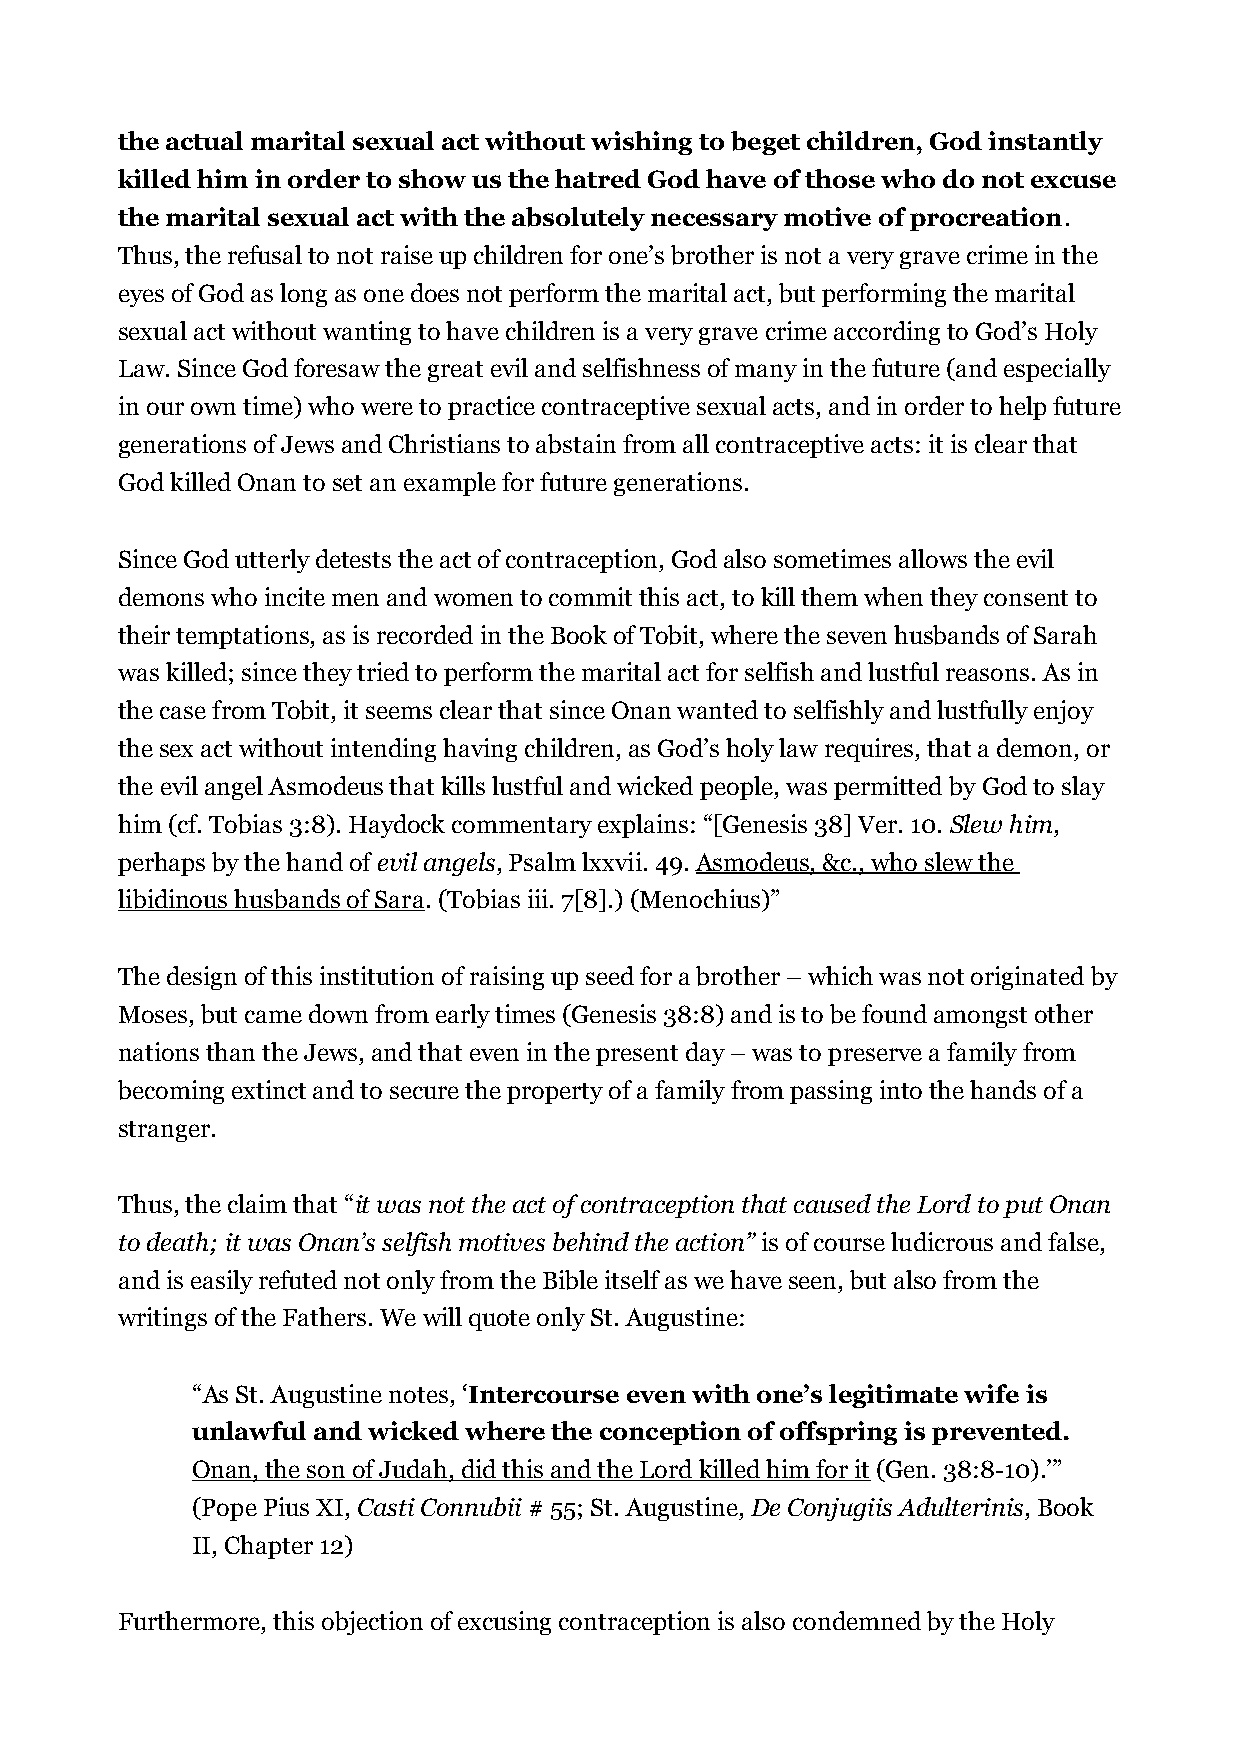
the actual marital sexual act without wishing to beget children, God instantly
 killed him in order to show us the hatred God have of those who do not excuse
 the marital sexual act with the absolutely necessary motive of procreation.
 Thus, the refusal to not raise up children for one’s brother is not a very grave crime in the
 eyes of God as long as one does not perform the marital act, but performing the marital
 sexual act without wanting to have children is a very grave crime according to God’s Holy
 Law. Since God foresaw the great evil and selfishness of many in the future (and especially
 in our own time) who were to practice contraceptive sexual acts, and in order to help future
 generations of Jews and Christians to abstain from all contraceptive acts: it is clear that
 God killed Onan to set an example for future generations.
 Since God utterly detests the act of contraception, God also sometimes allows the evil
 demons who incite men and women to commit this act, to kill them when they consent to
 their temptations, as is recorded in the Book of Tobit, where the seven husbands of Sarah
 was killed; since they tried to perform the marital act for selfish and lustful reasons. As in
 the case from Tobit, it seems clear that since Onan wanted to selfishly and lustfully enjoy
 the sex act without intending having children, as God’s holy law requires, that a demon, or
 the evil angel Asmodeus that kills lustful and wicked people, was permitted by God to slay
 him (cf. Tobias 3:8). Haydock commentary explains: “[Genesis 38] Ver. 10. Slew him,
 perhaps by the hand of evil angels, Psalm lxxvii. 49. Asmodeus, &c., who slew the
 libidinous husbands of Sara. (Tobias iii. 7[8].) (Menochius)”
 The design of this institution of raising up seed for a brother – which was not originated by
 Moses, but came down from early times (Genesis 38:8) and is to be found amongst other
 nations than the Jews, and that even in the present day – was to preserve a family from
 becoming extinct and to secure the property of a family from passing into the hands of a
 stranger.
 Thus, the claim that “it was not the act of contraception that caused the Lord to put Onan
 to death; it was Onan’s selfish motives behind the action” is of course ludicrous and false,
 and is easily refuted not only from the Bible itself as we have seen, but also from the
 writings of the Fathers. We will quote only St. Augustine:
 “As St. Augustine notes, ‘Intercourse even with one’s legitimate wife is
 unlawful and wicked where the conception of offspring is prevented.
 Onan, the son of Judah, did this and the Lord killed him for it (Gen. 38:8-10).’”
 (Pope Pius XI, Casti Connubii # 55; St. Augustine, De Conjugiis Adulterinis, Book
 II, Chapter 12)
 Furthermore, this objection of excusing contraception is also condemned by the Holy